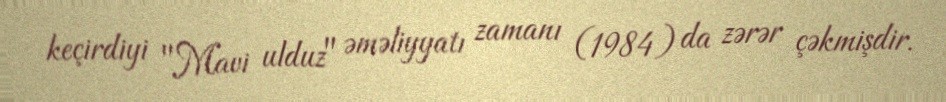
keçirdiyi "Mavi ulduz" əməliyyatı zamanı (1984) da zərər çəkmişdir.